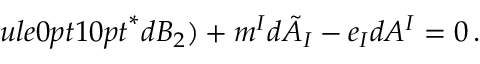
ule { 0 pt } { 10 pt } ^ { * } d B _ { 2 } ) + m ^ { I } d \tilde { A } _ { I } - e _ { I } d A ^ { I } = 0 \, .